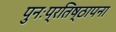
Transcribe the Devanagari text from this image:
पुनःप्रतिष्ठापना